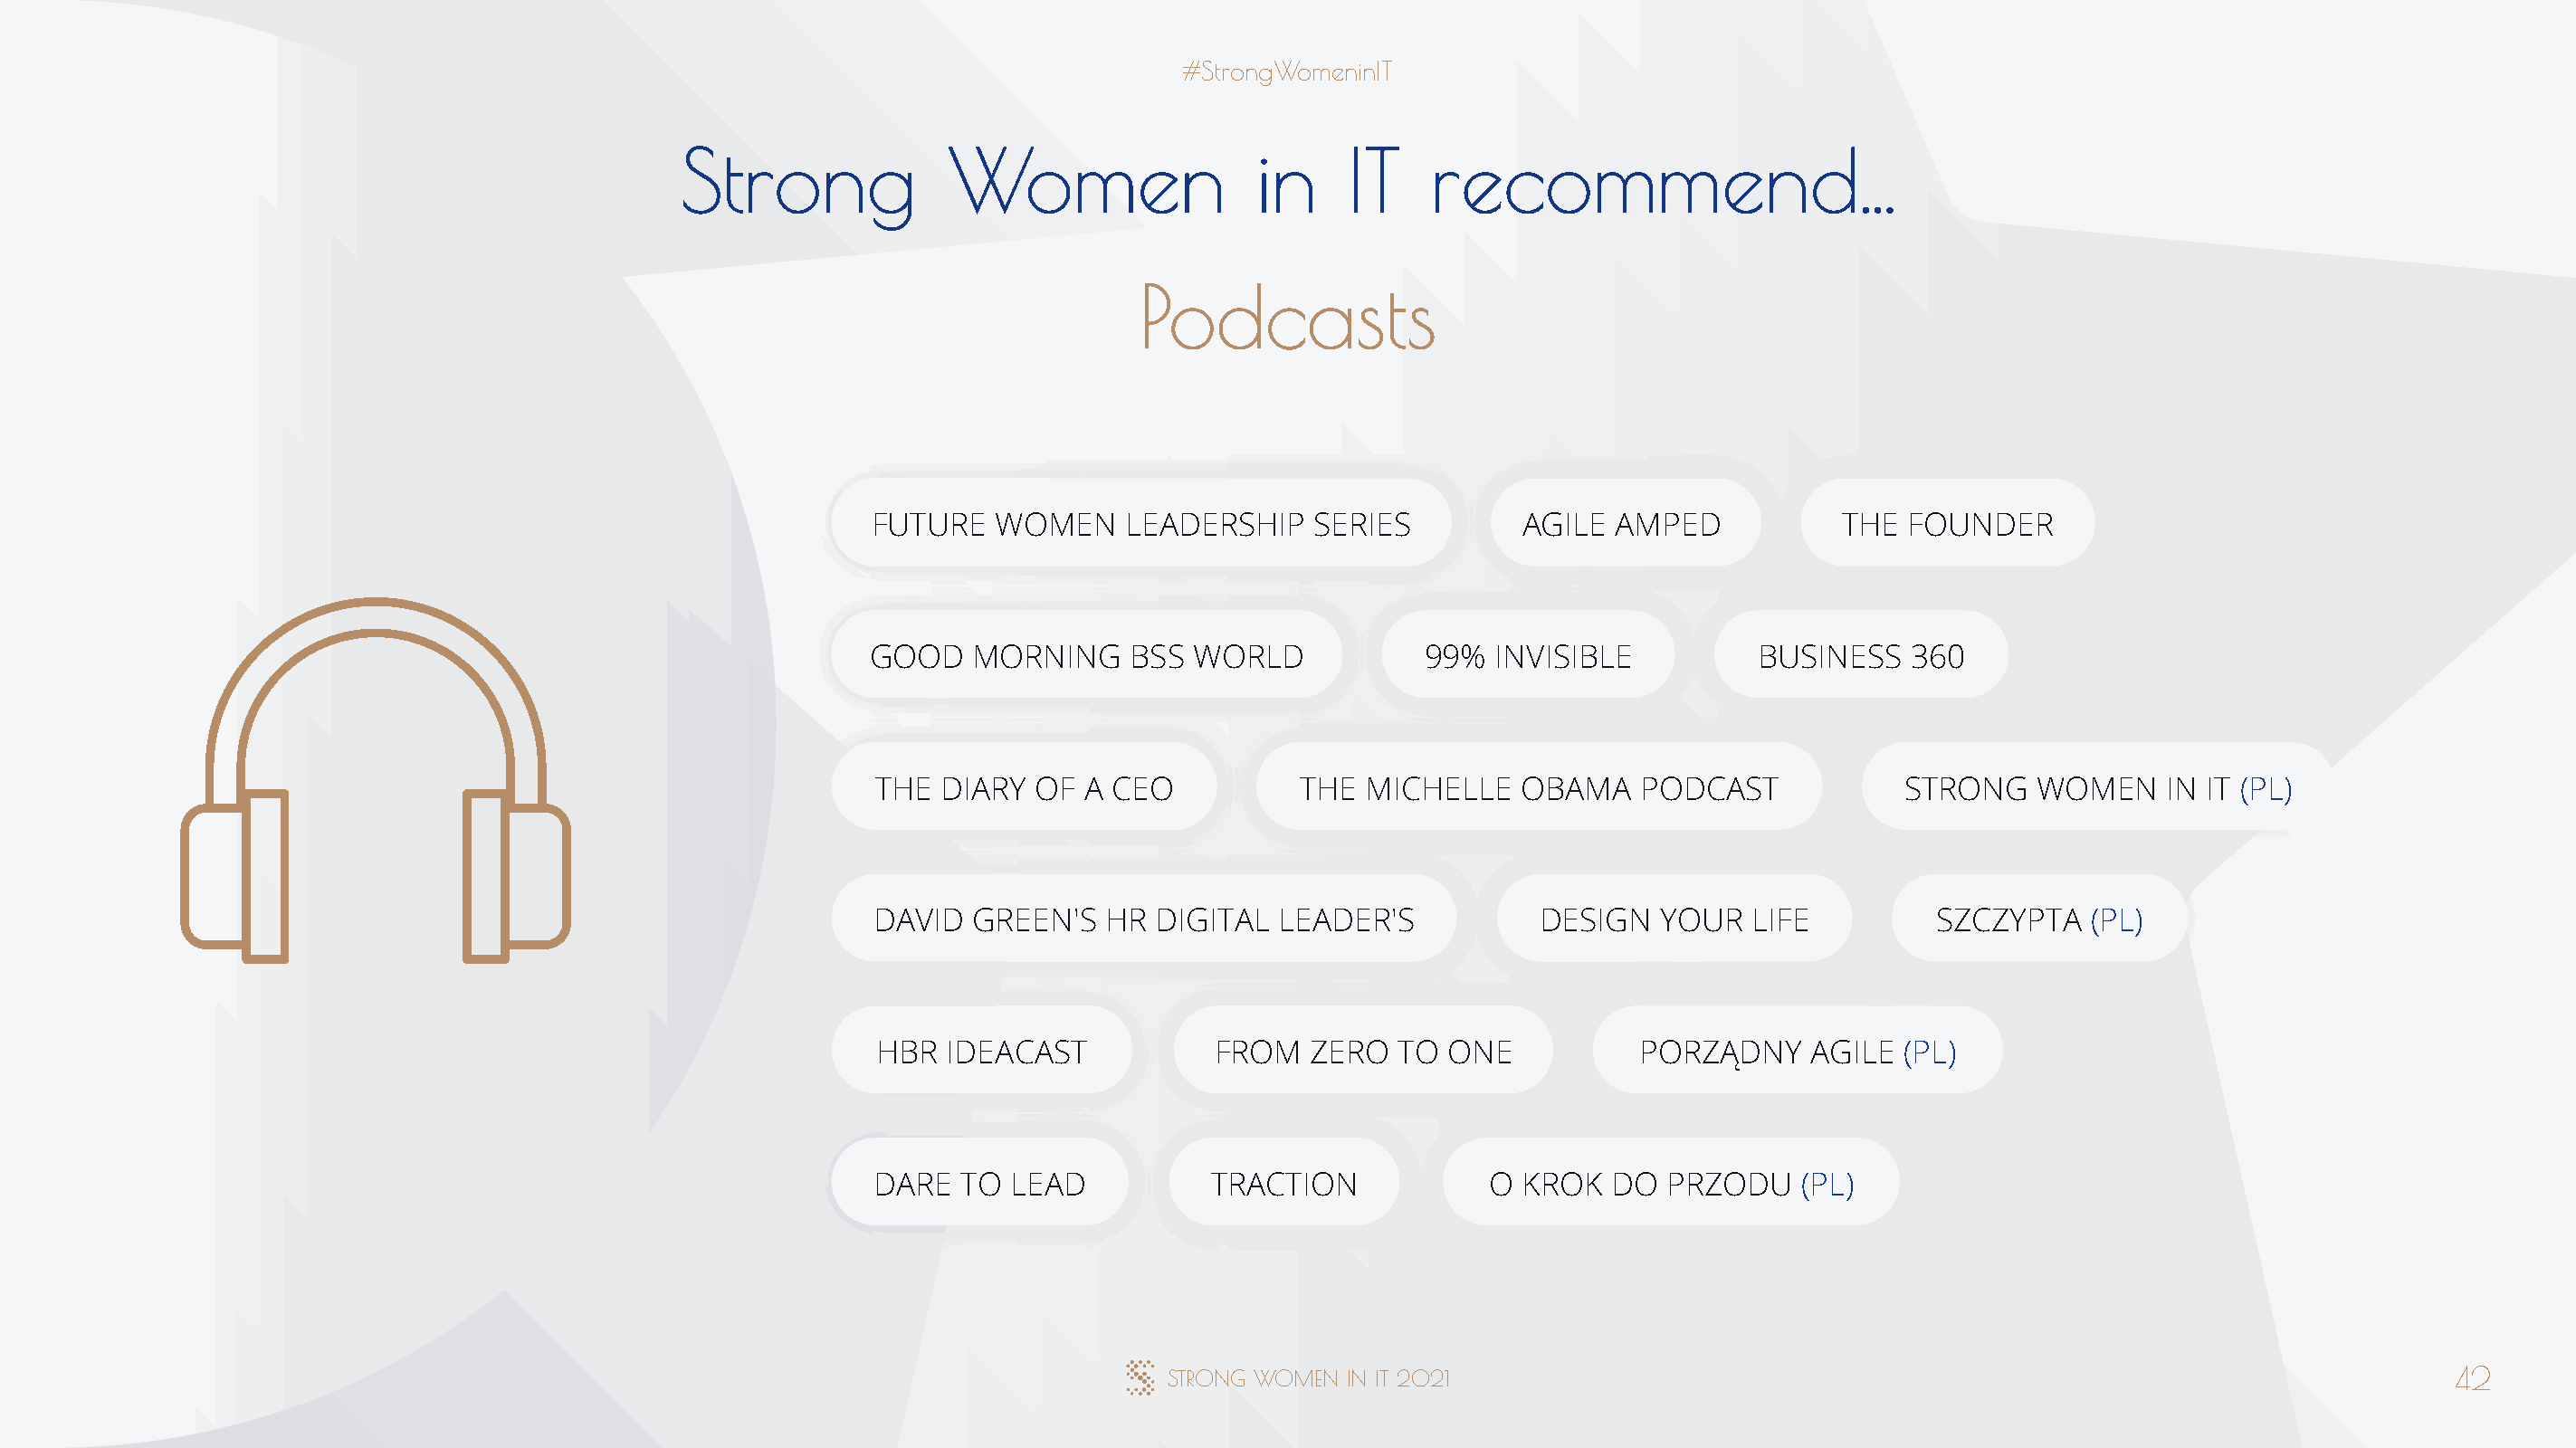
#StrongWomeninIT
 Strong             Women                  in     IT    recommend...
 Podcasts
 FUTURE   WOMEN    LEADERSHIP    SERIES         AGILE  AMPED            THE  FOUNDER
 GOOD   MORNING     BSS WORLD            99%  INVISIBLE           BUSINESS   360
 THE  DIARY  OF A CEO           THE  MICHELLE   OBAMA    PODCAST            STRONG    WOMEN     IN IT (PL)
 DAVID  GREEN'S   HR  DIGITAL  LEADER'S           DESIGN  YOUR   LIFE          SZCZYPTA   (PL)
 HBR  IDEACAST            FROM   ZERO  TO  ONE           PORZĄDNY    AGILE  (PL)
 DARE  TO  LEAD           TRACTION            O KROK   DO  PRZODU    (PL)
 STRONG WOMEN  IN IT 2021                                                                       42